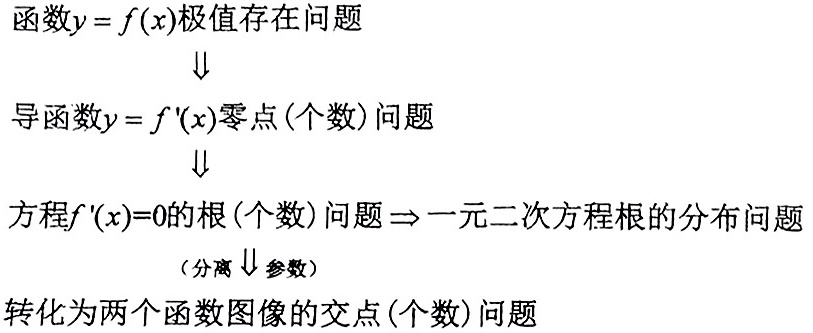
函数$y = f(x)$极值存在问题
$\downarrow$
导函数$y = f'(x)$零点(个数)问题
$\downarrow$
方程$f'(x)=0$的根(个数)问题$\Rightarrow$一元二次方程根的分布问题
（分离$\downarrow$参数）
转化为两个函数图像的交点(个数)问题